Report of the Indian Hemp Drugs Commission, 1894-1895 - Volume I
Year: 1894
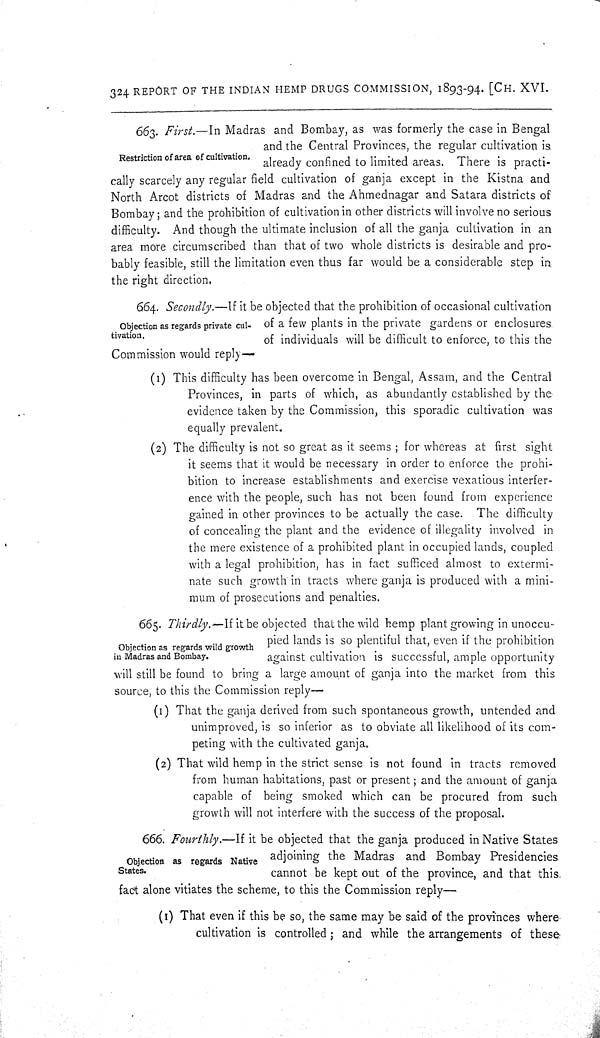
324 REPORT OF THE INDIAN HEMP DRUGS COMMISSION, 1893-94. [CH. XVI.
Restriction of area of cultivation.
663. First.—In Madras and Bombay, as was formerly the case in Bengal
and the Central Provinces, the regular cultivation is
already confined to limited areas. There is practi-
cally scarcely any regular field cultivation of ganja except in the Kistna and
North Arcot districts of Madras and the Ahmednagar and Satara districts of
Bombay; and the prohibition of cultivation in other districts will involve no serious
difficulty. And though the ultimate inclusion of all the ganja cultivation in an
area more circumscribed than that of two whole districts is desirable and pro-
bably feasible, still the limitation even thus far would be a considerable step in
the right direction.
Objection as regards private cul-
tivation.
664. Secondly.—If it be objected that the prohibition of occasional cultivation
of a few plants in the private gardens or enclosures
of individuals will be difficult to enforce, to this the
Commission would reply—
(1) This difficulty has been overcome in Bengal, Assam, and the Central
Provinces, in parts of which, as abundantly established by the
evidence taken by the Commission, this sporadic cultivation was
equally prevalent.
(2) The difficulty is not so great as it seems; for whereas at first sight
it seems that it would be necessary in order to enforce the prohi-
bition to increase establishments and exercise vexatious interfer-
ence with the people, such has not been found from experience
gained in other provinces to be actually the case. The difficulty
of concealing the plant and the evidence of illegality involved in
the mere existence of a prohibited plant in occupied lands, coupled
with a legal prohibition, has in fact sufficed almost to extermi-
nate such growth in tracts where ganja is produced with a mini-
mum of prosecutions and penalties.
Objection as regards wild growth
in Madras and Bombay.
665. Thirdly.—If it be objected that the wild hemp plant growing in unoccu-
pied lands is so plentiful that, even if the prohibition
against cultivation is successful, ample opportunity
will still be found to bring a large amount of ganja into the market from this
source, to this the Commission reply—
(1) That the ganja derived from such spontaneous growth, untended and
unimproved, is so inferior as to obviate all likelihood of its com-
peting with the cultivated ganja.
(2) That wild hemp in the strict sense is not found in tracts removed
from human habitations, past or present; and the amount of ganja
capable of being smoked which can be procured from such
growth will not interfere with the success of the proposal.
Objection as regards Native
States.
666. Fourthly.—If
it be objected that the ganja produced in Native States
adjoining the Madras and Bombay Presidencies
cannot be kept out of the province, and that this
fact alone vitiates the scheme, to this the Commission reply—
(1) That even if this be so, the same may be said of the provinces where
cultivation is controlled; and while the arrangements of these